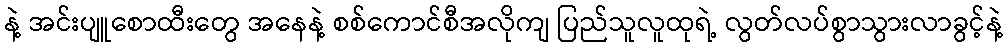
နဲ့ အင်းပျူစောထီးတွေ အနေနဲ့ စစ်ကောင်စီအလိုကျ ပြည်သူလူထုရဲ့ လွတ်လပ်စွာသွားလာခွင့်နဲ့